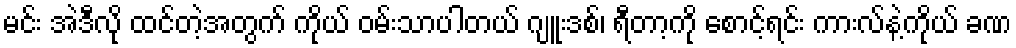
မင်း အဲဒီလို ထင်တဲ့အတွက် ကိုယ် ဝမ်းသာပါတယ် ဂျူးဒစ်၊ ရီတာ့ကို စောင့်ရင်း ကားလ်နဲ့ကိုယ် ခဏ